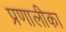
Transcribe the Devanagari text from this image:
प्रणालीका